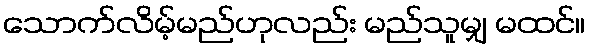
သောက်လိမ့်မည်ဟုလည်း မည်သူမျှ မထင်။